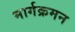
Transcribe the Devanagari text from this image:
मार्गक्रमन